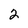
Character: 2